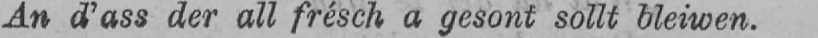
An d’ass der all frésch a gesont sollt bleiwen.